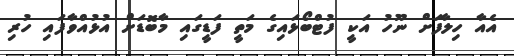
އެއާ ހިލާފަށް ނޫހު އަކީ ފުޓްބޯޅައިގެ މަތީ ފަޑީގައި މާބޮޑަށް އުޅުއްވާފައި ހުރި